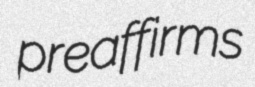
preaffirms